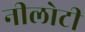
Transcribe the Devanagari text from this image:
नीलोटी